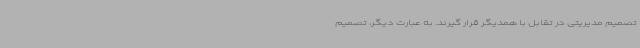
تصمیم مدیریتی در تقابل با همدیگر قرار گیرند. به عبارت دیگر، تصمیم